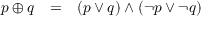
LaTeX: \begin{array} { l l l } { p \oplus q } & { = } & { ( p \lor q ) \land ( \lnot p \lor \lnot q ) } \end{array}